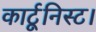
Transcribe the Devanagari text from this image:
कार्टूनिस्ट।